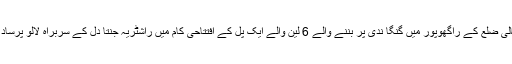
بہار کے وزیر اعلی نتیش کمار نے ویشالی ضلع کے راگھوپور میں گنگا ندی پر بننے والے 6 لین والے ایک پل کے افتتاحی کام میں راشٹریہ جنتا دل کے سربراہ لالو پرساد کے شامل ہونے کو صحیح قرار دیا ہے۔